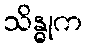
သိန္ဓုက